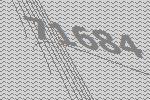
71684